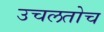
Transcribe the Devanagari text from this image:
उचलतोच